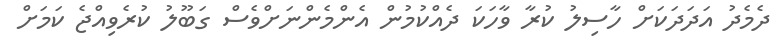
ދެމެދު އަދަދަކަށް ހާސިލު ކުރާ ވާހަކަ ދެއްކުމުން އެންމެންނަށްވެސް ގަބޫލު ކުރެވިއްޖެ ކަމަށް